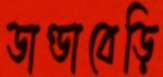
ডাণ্ডাবেড়ি